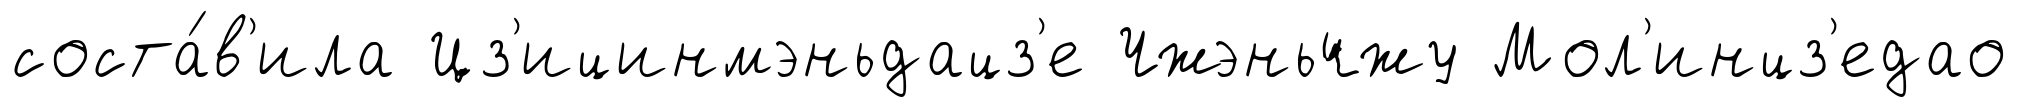
соста́в'ила Цз'ицинмэньдацз'е Чжэньчжу Мол'инцз'едао